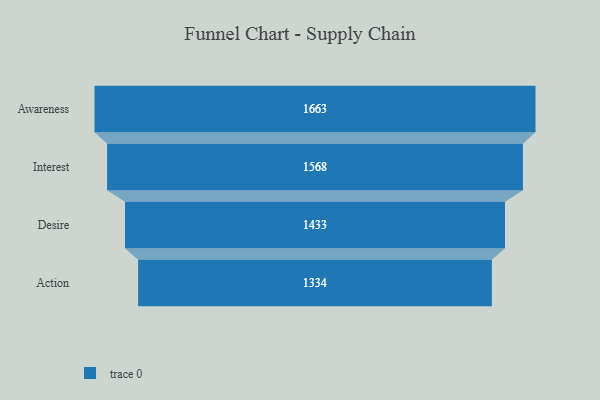
{"axis": {"x": "Stage", "y": "Value"}, "legend": [""], "data": [{"x": "Awareness", "y": 1663.0, "type": ""}, {"x": "Interest", "y": 1568.0, "type": ""}, {"x": "Desire", "y": 1433.0, "type": ""}, {"x": "Action", "y": 1334.0, "type": ""}]}